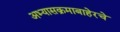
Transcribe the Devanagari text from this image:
अभ्यासक्रमाबाहेरचे